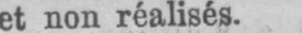
et non réalisés.